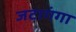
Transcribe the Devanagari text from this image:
जटागंगा